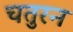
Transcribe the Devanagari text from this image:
चतुरन